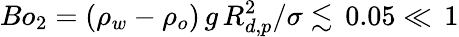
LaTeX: \textit{Bo}_{2}=(\rho_{w}-\rho_{o})\, g\, R_{d,p}^{2}/\sigma\lesssim\, 0.05\ll\, 1